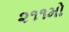
૨૧૧મો